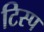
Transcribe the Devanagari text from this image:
टिस्प